Indian journal of veterinary science and animal husbandry - Volume 14,
Year: 1944
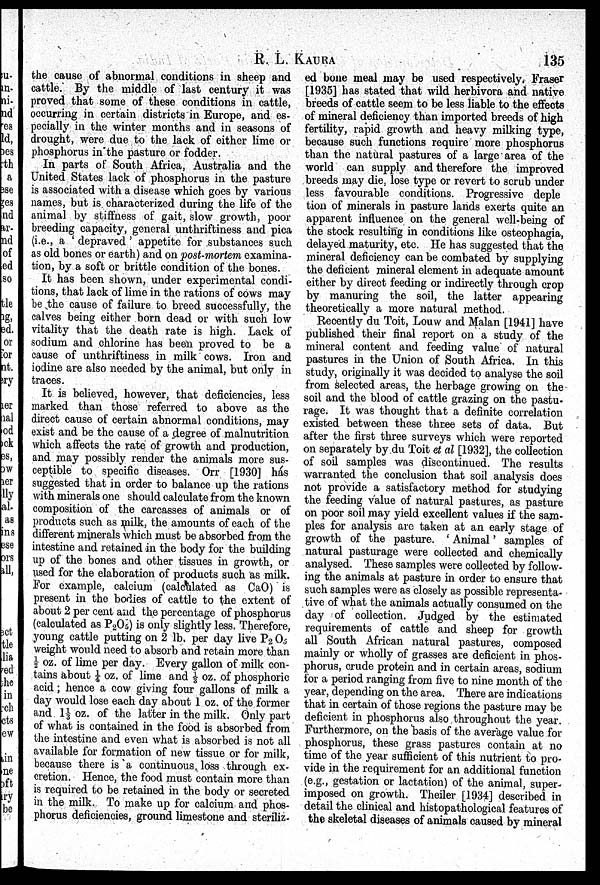
R. L.
KAURA
135
the cause of abnormal conditions in sheep and
cattle. By the middle of last century it was
proved that some of these conditions in cattle,
occurring in certain districts in Europe, and es
pecially in the winter months and in seasons of
drought, were due to the lack of either lime or
phosphorus in the pasture or fodder.
In parts of South Africa, Australia and the
United States lack of phosphorus in the pasture
is associated with a disease which goes by various
names, but is. characterized during the life of the
animal by stiffness of gait, slow growth, poor
breeding capacity, general unthriftiness and pica
(i.e., a ' depraved ' appetite for substances such
as old bones or earth) and on post-mortem examina
tion, by a soft or brittle condition of the bones.
It has been shown, under experimental condi
tions, that lack of lime in the rations of cows may
be the cause of failure to breed successfully, the
calves being either born dead or with such low
vitality that the death rate is high. Lack of
sodium and chlorine has been proved to be a
cause of unthriftiness in milk cows. Iron and
iodine are also needed by the animal, but only in
traces.
It is believed, however, that deficiencies, less
marked than those referred to above as the
direct cause of certain abnormal conditions, may
exist and be the cause of a degree of malnutrition
which affects the rate of growth and production,
and may possibly render the animals more sus
ceptible to specific diseases. Orr [1930] has
suggested that in order to balance up the rations
with minerals one should calculate from the known
composition of the carcasses of animals or of
products such as milk, the amounts of each of the
different minerals which must be absorbed from the
intestine and retained in the body for the building
up of the bones and other tissues in growth, or
used for the elaboration of products such as milk.
For example, calcium (calculated as CaO) is
present in the bodies of cattle to the extent of
about 2 per cent and the percentage of phosphorus
(calculated as P 2 O 5 ) is only slightly less. Therefore,
young cattle putting on 2 lb. per day live P 2 O 5
weight would need to absorb and retain more than
½ oz. of lime per day. Every gallon of milk con
tains about ¼ oz. of lime and ⅓ oz. of phosphoric
acid; hence a cow giving four gallons of milk a
day would lose each day about 1 oz. of the former
and 1⅓ oz. of the latter in the milk. Only part
of what is contained in the food is absorbed from
the intestine and even what is absorbed is not all
available for formation of new tissue or for milk,
because there is a continuous, loss through ex
cretion. Hence, the food must contain more than
is required to be retained in the body or secreted
in the milk. To make up for calcium and phos
phorus deficiencies, ground limestone and steriliz
ed bone meal may be used respectively. Eraser
[1935] has stated that wild herbivora and native
breeds of cattle seem to be less liable to the effects
of mineral deficiency than imported breeds of high
fertility, rapid growth and heavy milking type,
because such functions require more phosphorus
than the natural pastures of a large area of the
world can supply and therefore the improved
breeds may die, lose type or revert to scrub under
less favourable conditions. Progressive deple
tion of minerals in pasture lands exerts quite an
apparent influence on the general well-being of
the stock resulting in conditions like osteophagia,
delayed maturity, etc. He has suggested that the.
mineral deficiency can be combated by supplying
the deficient mineral element in adequate amount
either by direct feeding or indirectly through crop
by manuring the soil, the latter appearing
theoretically a more natural method.
Recently du Toit, Louw and Malan [1941] have
published their final report on a study of the
mineral content and feeding value of natural
pastures in the Union of South Africa. In this
study, originally it was decided to analyse the soil
from selected areas, the herbage growing on the
soil and the blood of cattle grazing on the pastu
rage. It was thought that a definite correlation
existed between these three sets of data. But
after the first three surveys which were reported
on separately by du Toit et al [1932], the collection
of soil samples was discontinued. The results
warranted the conclusion that soil analysis does
not provide a satisfactory method for studying
the feeding value of natural pastures, as pasture
on poor soil may yield excellent values if the sam
ples for analysis are taken at an early stage of
growth of the pasture. ' Animal ' samples of
natural pasturage were collected and chemically
analysed. These samples were collected by follow
ing the animals at pasture in order to ensure that
such samples were as closely as possible representa
tive of what the animals actually consumed on the
day of collection. Judged by the estimated
requirements of cattle and sheep for growth
all South African natural pastures, composed
mainly or wholly of grasses are deficient in phos
phorus, crude protein and in certain areas, sodium
for a period ranging from five to nine month of the
year, depending on the area. There are indications
that in certain of those regions the pasture may be
deficient in phosphorus also throughout the year.
Furthermore, on the basis of the average value for
phosphorus, these grass pastures contain at no
time of the year sufficient of this nutrient to pro
vide in the requirement for an additional function
(e.g., gestation or lactation) of the animal, super
imposed on growth. Theiler [1934] described in
detail the clinical and histopathological features of
the skeletal diseases of animals caused by mineral